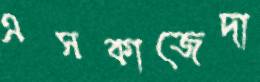
এসকাজেদা